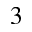
_ 3